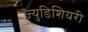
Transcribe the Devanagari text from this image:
ज्युडिशियरी